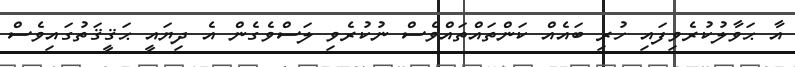
އާ ޙަވާލުކުރެވިފައި ހުރި ބައެއް ކަންތައްތައްވެސް ނުކުރެވި ލަސްވެގެން އެ ދިޔައީ ޙަޤީޤަތުގައިވެސް